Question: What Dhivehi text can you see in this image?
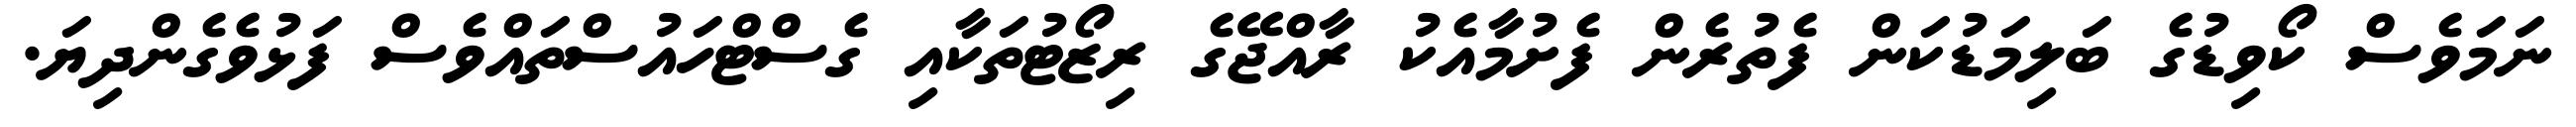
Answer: ނަމަވެސް ކޯވިޑުގެ ބަލިމަޑުކަން ފެތުރެން ފެށުމާއެކު ރާއްޖޭގެ ރިޒޯޓުތަކާއި ގެސްޓްހައުސްތައްވެސް ފަޅުވެގެންދިޔަ.